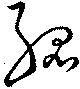
孤